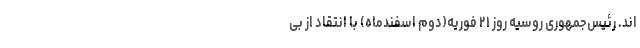
اند. رئیس‌جمهوری روسیه روز ۲۱ فوریه(دوم اسفندماه) با انتقاد از بی